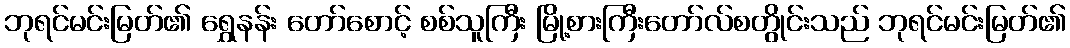
ဘုရင်မင်းမြတ်၏ ရွှေနန်း တော်စောင့် စစ်သူကြီး မြို့စားကြီးတော်လ်စတွိုင်းသည် ဘုရင်မင်းမြတ်၏